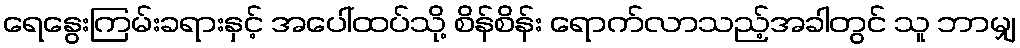
ရေနွေးကြမ်းခရားနှင့် အပေါ်ထပ်သို့ စိန်စိန်း ရောက်လာသည့်အခါတွင် သူ ဘာမျှ